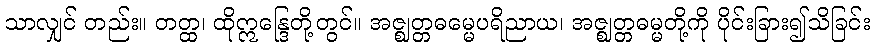
သာလျှင် တည်း။ တတ္ထ၊ ထိုဣန္ဒြေတို့တွင်။ အဇ္ဈတ္တဓမ္မေပရိညာယ၊ အဇ္ဈတ္တဓမ္မတို့ကို ပိုင်းခြား၍သိခြင်း